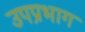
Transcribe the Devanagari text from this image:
उपप्रभाग